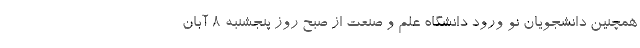
همچنین دانشجویان نو ورود دانشگاه علم و صنعت از صبح روز پنجشنبه ۸ آبان